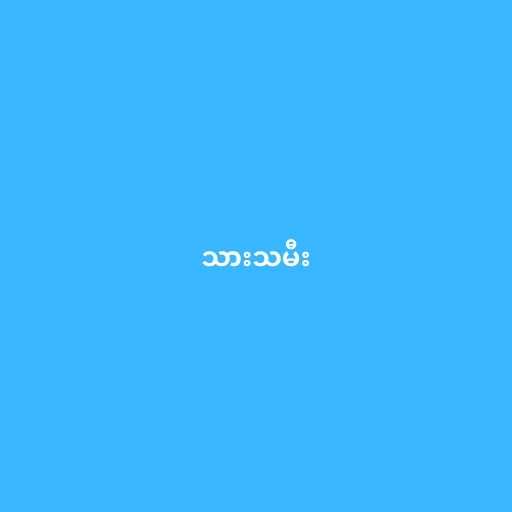
သားသမီး